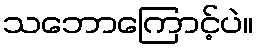
သဘောကြောင့်ပဲ။